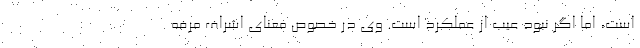
است، اما اگر نبود عیب از عملکرد است. وی در خصوص معنای اشراف مرفه